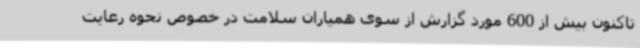
تاکنون بیش از 600 مورد گزارش از سوی همیاران سلامت در خصوص نحوه رعایت